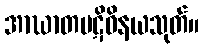
အာဃာတပဋိဝိနယသုတ်။